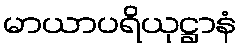
မာယာပရိယုဋ္ဌာနံ